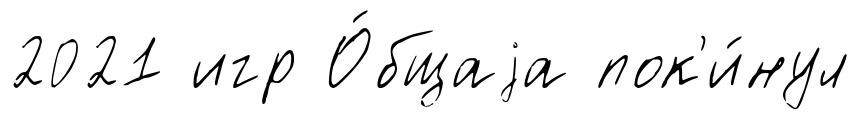
2021 игр О́бщаjа пок'и́нул